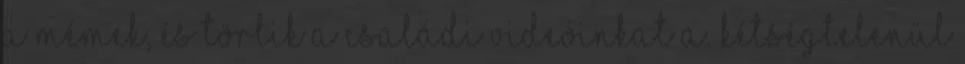
a mémek, és törlik a családi videóinkat a. Kétségtelenül